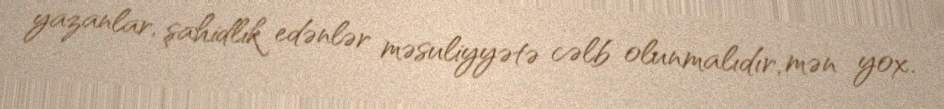
yazanlar, şahidlik edənlər məsuliyyətə cəlb olunmalıdır, mən yox.